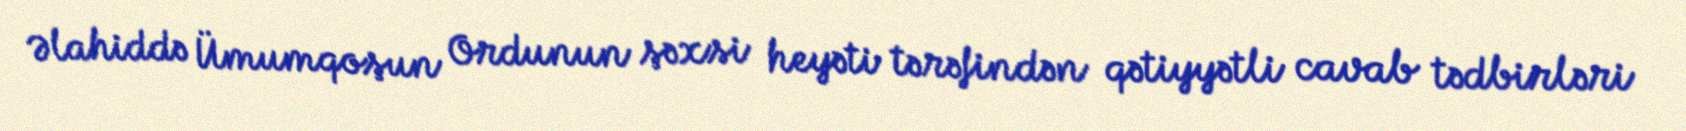
Əlahiddə Ümumqoşun Ordunun şəxsi heyəti tərəfindən qətiyyətli cavab tədbirləri